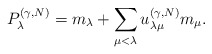
\begin{align*}P_{\lambda}^{(\gamma,N)} = m_{\lambda} + \sum_{\mu < \lambda} u_{\lambda\mu}^{(\gamma,N)} m_{\mu}. \end{align*}